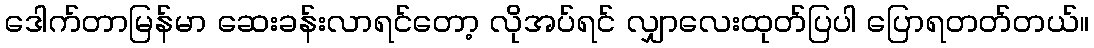
ဒေါက်တာမြန်မာ ဆေးခန်းလာရင်တော့ လိုအပ်ရင် လျှာလေးထုတ်ပြပါ ပြောရတတ်တယ်။